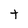
Character: t